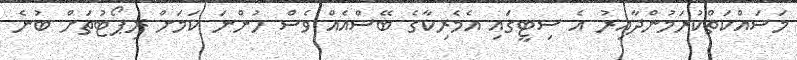
މަސައްކަތްކުރަމުންދާއިރު އެ ސިޓީގައި އެމެރިކާގެ ބޭސްއެއް ވެސް ހުންނަ ކަމަށް ރިޕޯޓުތަށް ބުނެ